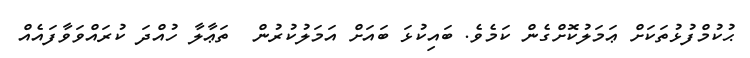
ޙުކުމްފުޅުތަކަށް ޢަމަލުކޮށްގެން ކަމެވެ. ބައިކުޅަ ބައަށް އަމަލުކުރުން  ތަޢާލާ ހުއްދަ ކުރައްވަވާފައެއް